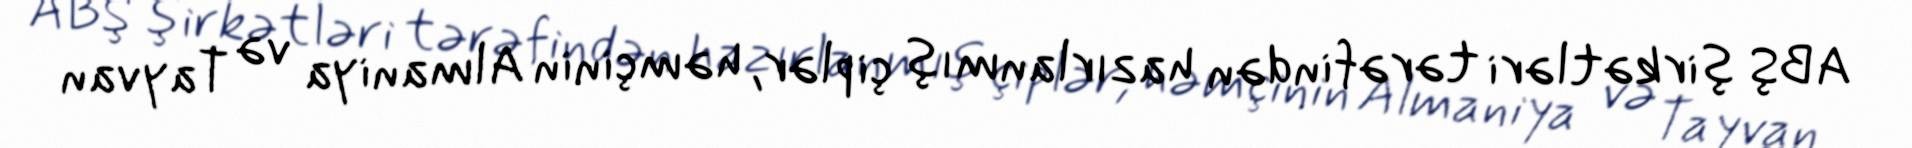
ABŞ şirkətləri tərəfindən hazırlanmış çiplər, həmçinin Almaniya və Tayvan